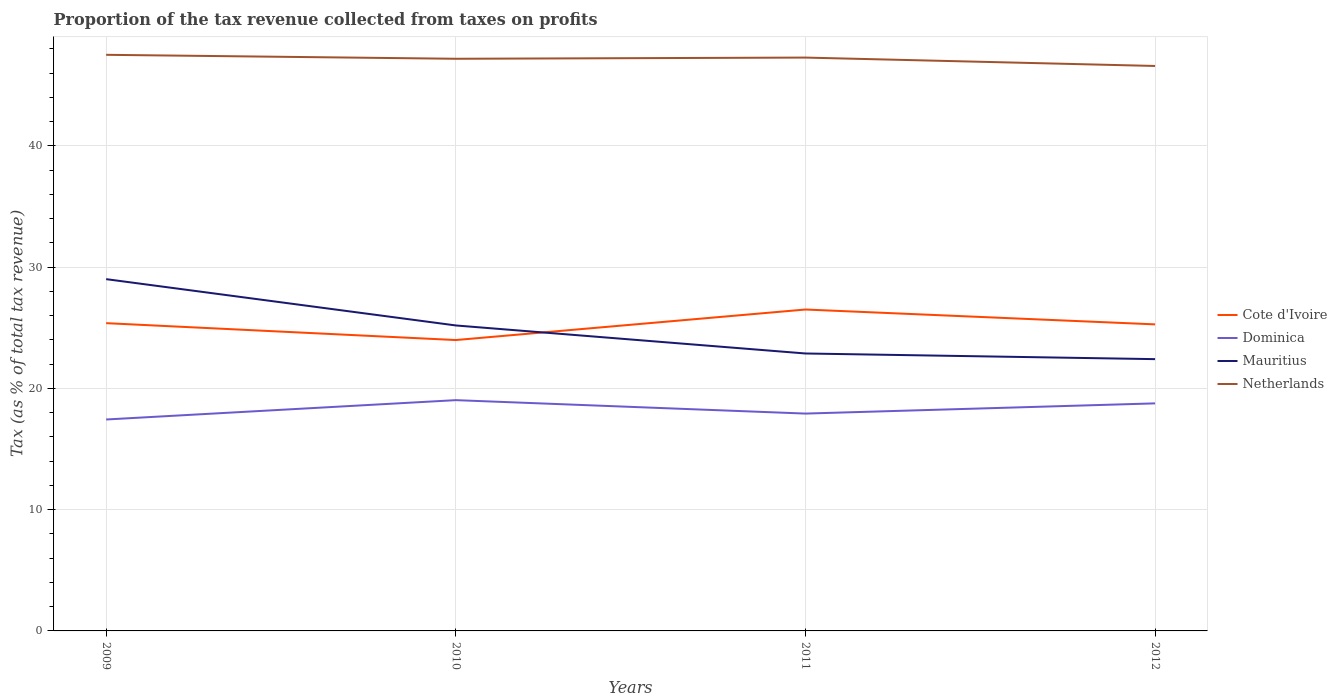
| Years | Cote d'Ivoire | Dominica | Mauritius | Netherlands |
 | --- | --- | --- | --- | --- |
 | 2009 | 25.4 | 17.4 | 29 | 47.5 |
 | 2010 | 24 | 19 | 25.2 | 47.2 |
 | 2011 | 26.5 | 17.9 | 22.9 | 47.3 |
 | 2012 | 25.3 | 18.8 | 22.4 | 46.6 |